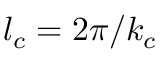
{ { l } _ { c } } = { 2 \pi } / { { { k } _ { c } } }